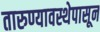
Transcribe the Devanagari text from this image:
तारुण्यावस्थेपासून